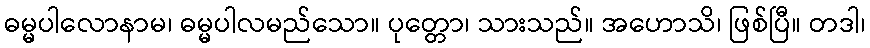
ဓမ္မပါလောနာမ၊ ဓမ္မပါလမည်သော။ ပုတ္တော၊ သားသည်။ အဟောသိ၊ ဖြစ်ပြီ။ တဒါ၊